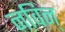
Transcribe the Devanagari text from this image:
नविन्